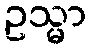
ဥသ္မာ